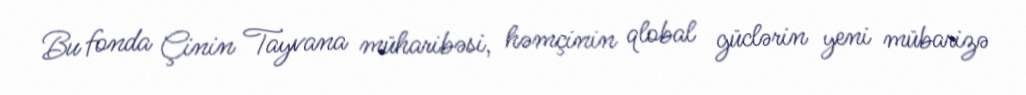
Bu fonda Çinin Tayvana müharibəsi, həmçinin qlobal güclərin yeni mübarizə